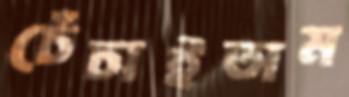
চেঁচাইতাম